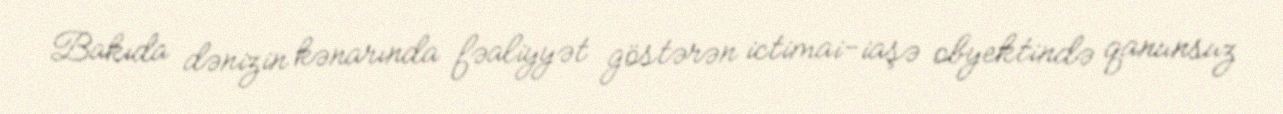
Bakıda dənizin kənarında fəaliyyət göstərən ictimai-iaşə obyektində qanunsuz